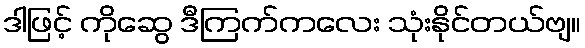
ဒါဖြင့် ကိုဆွေ ဒီကြက်ကလေး သုံးနိုင်တယ်ဗျ။